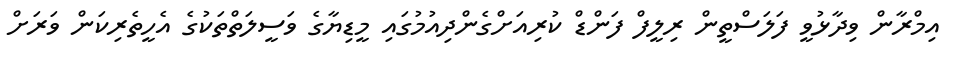
އިމްރާން ވިދާޅުވީ ފަލަސްތީން ރިލީފް ފަންޑް ކުރިއަށްގެންދިއުމުގައި މީޑިޔާގެ ވަސީލަތްތަކުގެ އެހީތެރިކަން ވަރަށް